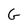
Character: G